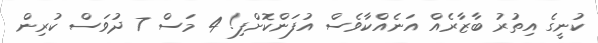
ކުނީގެ އިތުރު ބާޒާރެއް އަނެއްކާވެސް އުފަންކޮށްފި! 4 މަސް 7 ދުވަސް ކުރިން